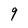
Character: 9